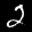
Label: 2